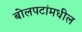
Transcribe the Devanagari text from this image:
बोलपटांमधील